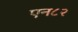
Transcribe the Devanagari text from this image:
एन८२